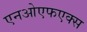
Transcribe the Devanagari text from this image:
एनओएफएक्स